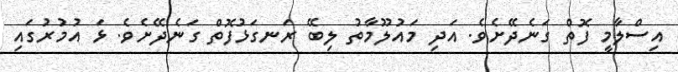
އިސްލާމީ ފޮތް ގަނެދޭށެވެ. އަދި މައުލޫމާތު ލިބޭ ރަނގަޅުފޮތް ގަނެދޭށެވެ. ޅަ އުމުރުގައި